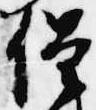
僧